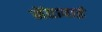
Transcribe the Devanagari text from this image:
मेंतावाई